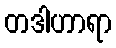
တဒါဟာရာ